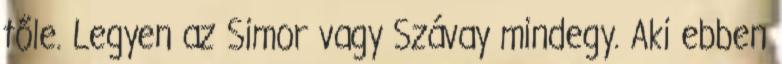
tőle. Legyen az Simor vagy Szávay mindegy. Aki ebben